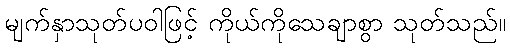
မျက်နှာသုတ်ပဝါဖြင့် ကိုယ်ကိုသေချာစွာ သုတ်သည်။